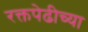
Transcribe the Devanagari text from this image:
रक्तपेढीच्या